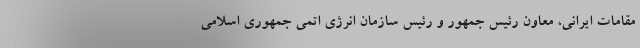
مقامات ایرانی، معاون رئیس جمهور و رئیس سازمان انرژی اتمی جمهوری اسلامی